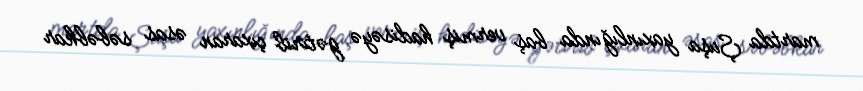
martda Şuşa yaxınlığında baş vermiş hadisəyə gətirib çıxaran əsas səbəbkar